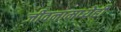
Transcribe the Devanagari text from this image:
जीवनामध्येही